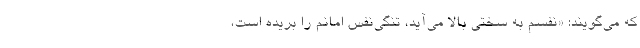
که می‌گویند: «نفسم به سختی بالا می‌آید، تنگی‌نفس امانم را بریده است،